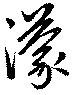
濛